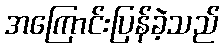
အကြောင်းပြန်ခဲ့သည်